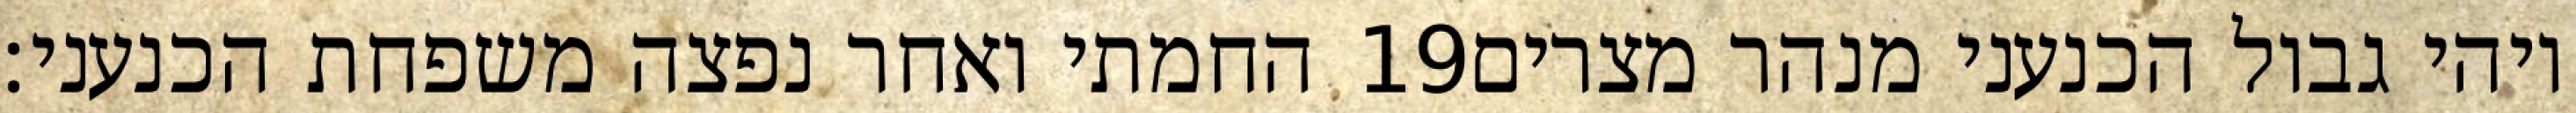
החמתי ואחר נפצה משפחת הכנעני׃ ‎19‏ ויהי גבול הכנעני מנהר מצרים